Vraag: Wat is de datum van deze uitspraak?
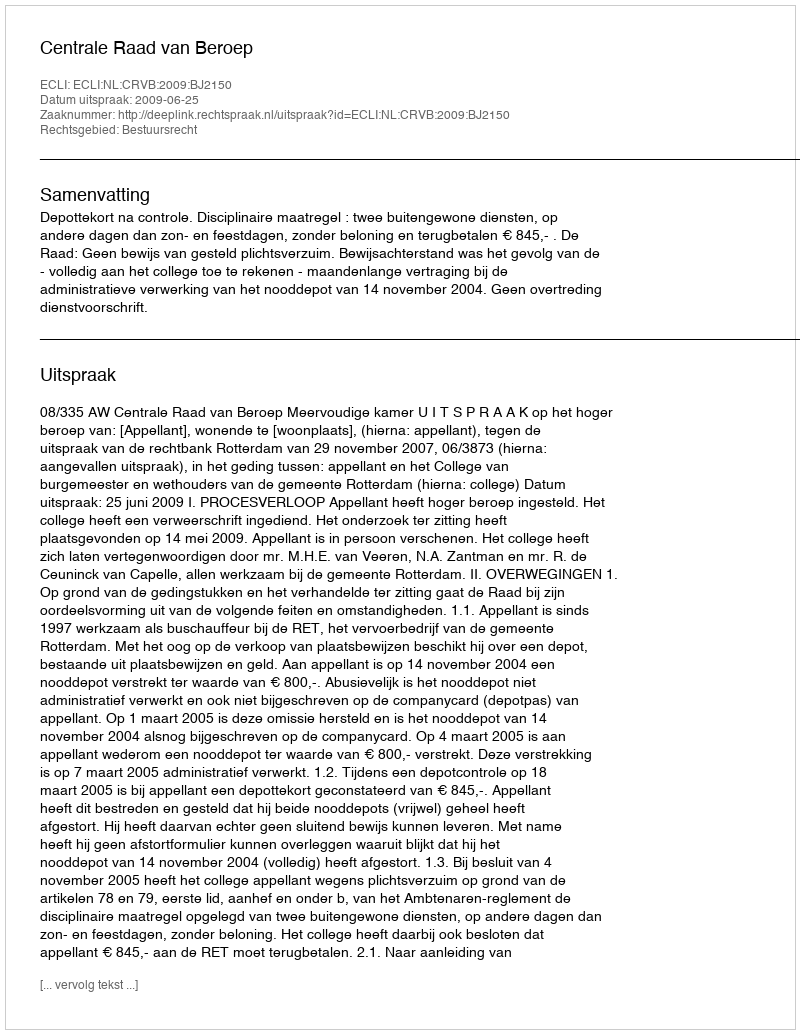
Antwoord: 2009-06-25